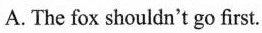
A. The fox shouldn't go first.